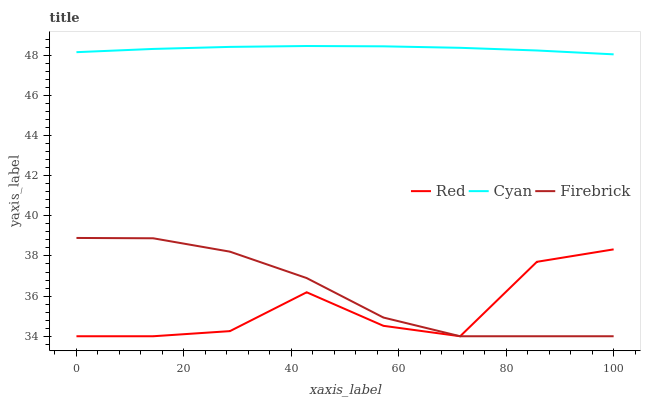
| xaxis_label | Red | Cyan | Firebrick |
 | --- | --- | --- | --- |
 | 0 | 34 | 48.2 | 38.9 |
 | 14.3 | 34 | 48.3 | 38.9 |
 | 28.6 | 34.3 | 48.4 | 38.2 |
 | 42.9 | 36.2 | 48.5 | 36.9 |
 | 57.1 | 34.5 | 48.4 | 34.9 |
 | 71.4 | 34 | 48.4 | 34 |
 | 85.7 | 37.7 | 48.2 | 34 |
 | 100 | 38.3 | 48 | 34 |